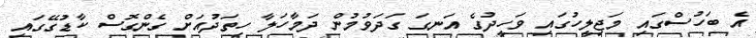
އެ ބަހުސްގައި މަޖިލީހުގައި ވަހީދުގެ އަނގަ ގަދަވުމުން ދަމާހަލާ ހިތަދުއަށް ގެންގޮސް ކާޑުގޭގައި